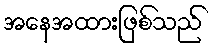
အနေအထားဖြစ်သည်